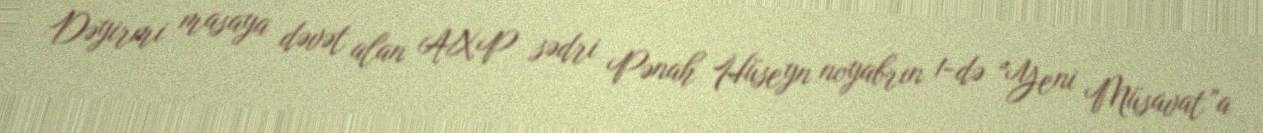
Dəyirmi masaya dəvət alan AXP sədri Pənah Hüseyn noyabrın 1-də “Yeni Müsavat”a